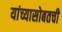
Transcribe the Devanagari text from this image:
यांच्यासोबतची